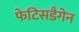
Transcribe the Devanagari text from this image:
फेटिसडैगेन